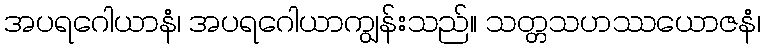
အပရဂေါယာနံ၊ အပရဂေါယာကျွန်းသည်။ သတ္တသဟဿယောဇနံ၊